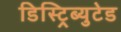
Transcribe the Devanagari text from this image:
डिस्ट्रिब्युटेड